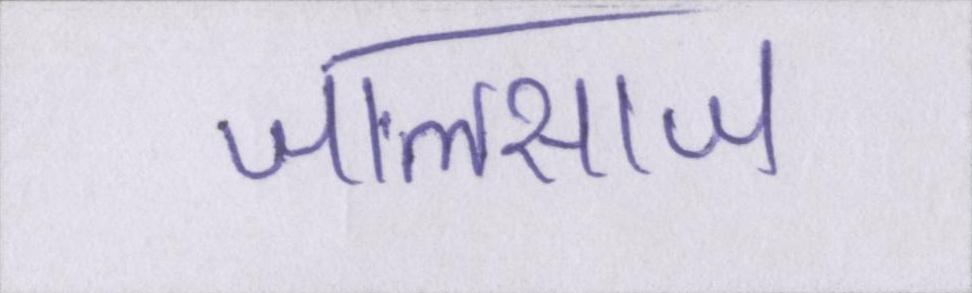
जालसाज